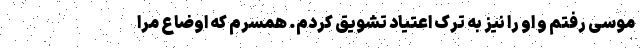
موسی رفتم و او را نیز به ترک اعتیاد تشویق کردم. همسرم که اوضاع مرا